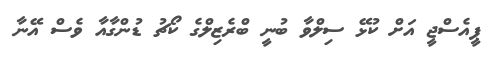
ޕީއެސްޖީ އަށް ކުޅޭ ސިލްވާ ބުނީ ބްރެޒިލްގެ ކޯޗު ޑުންގާއާ ވެސް އޭނާ